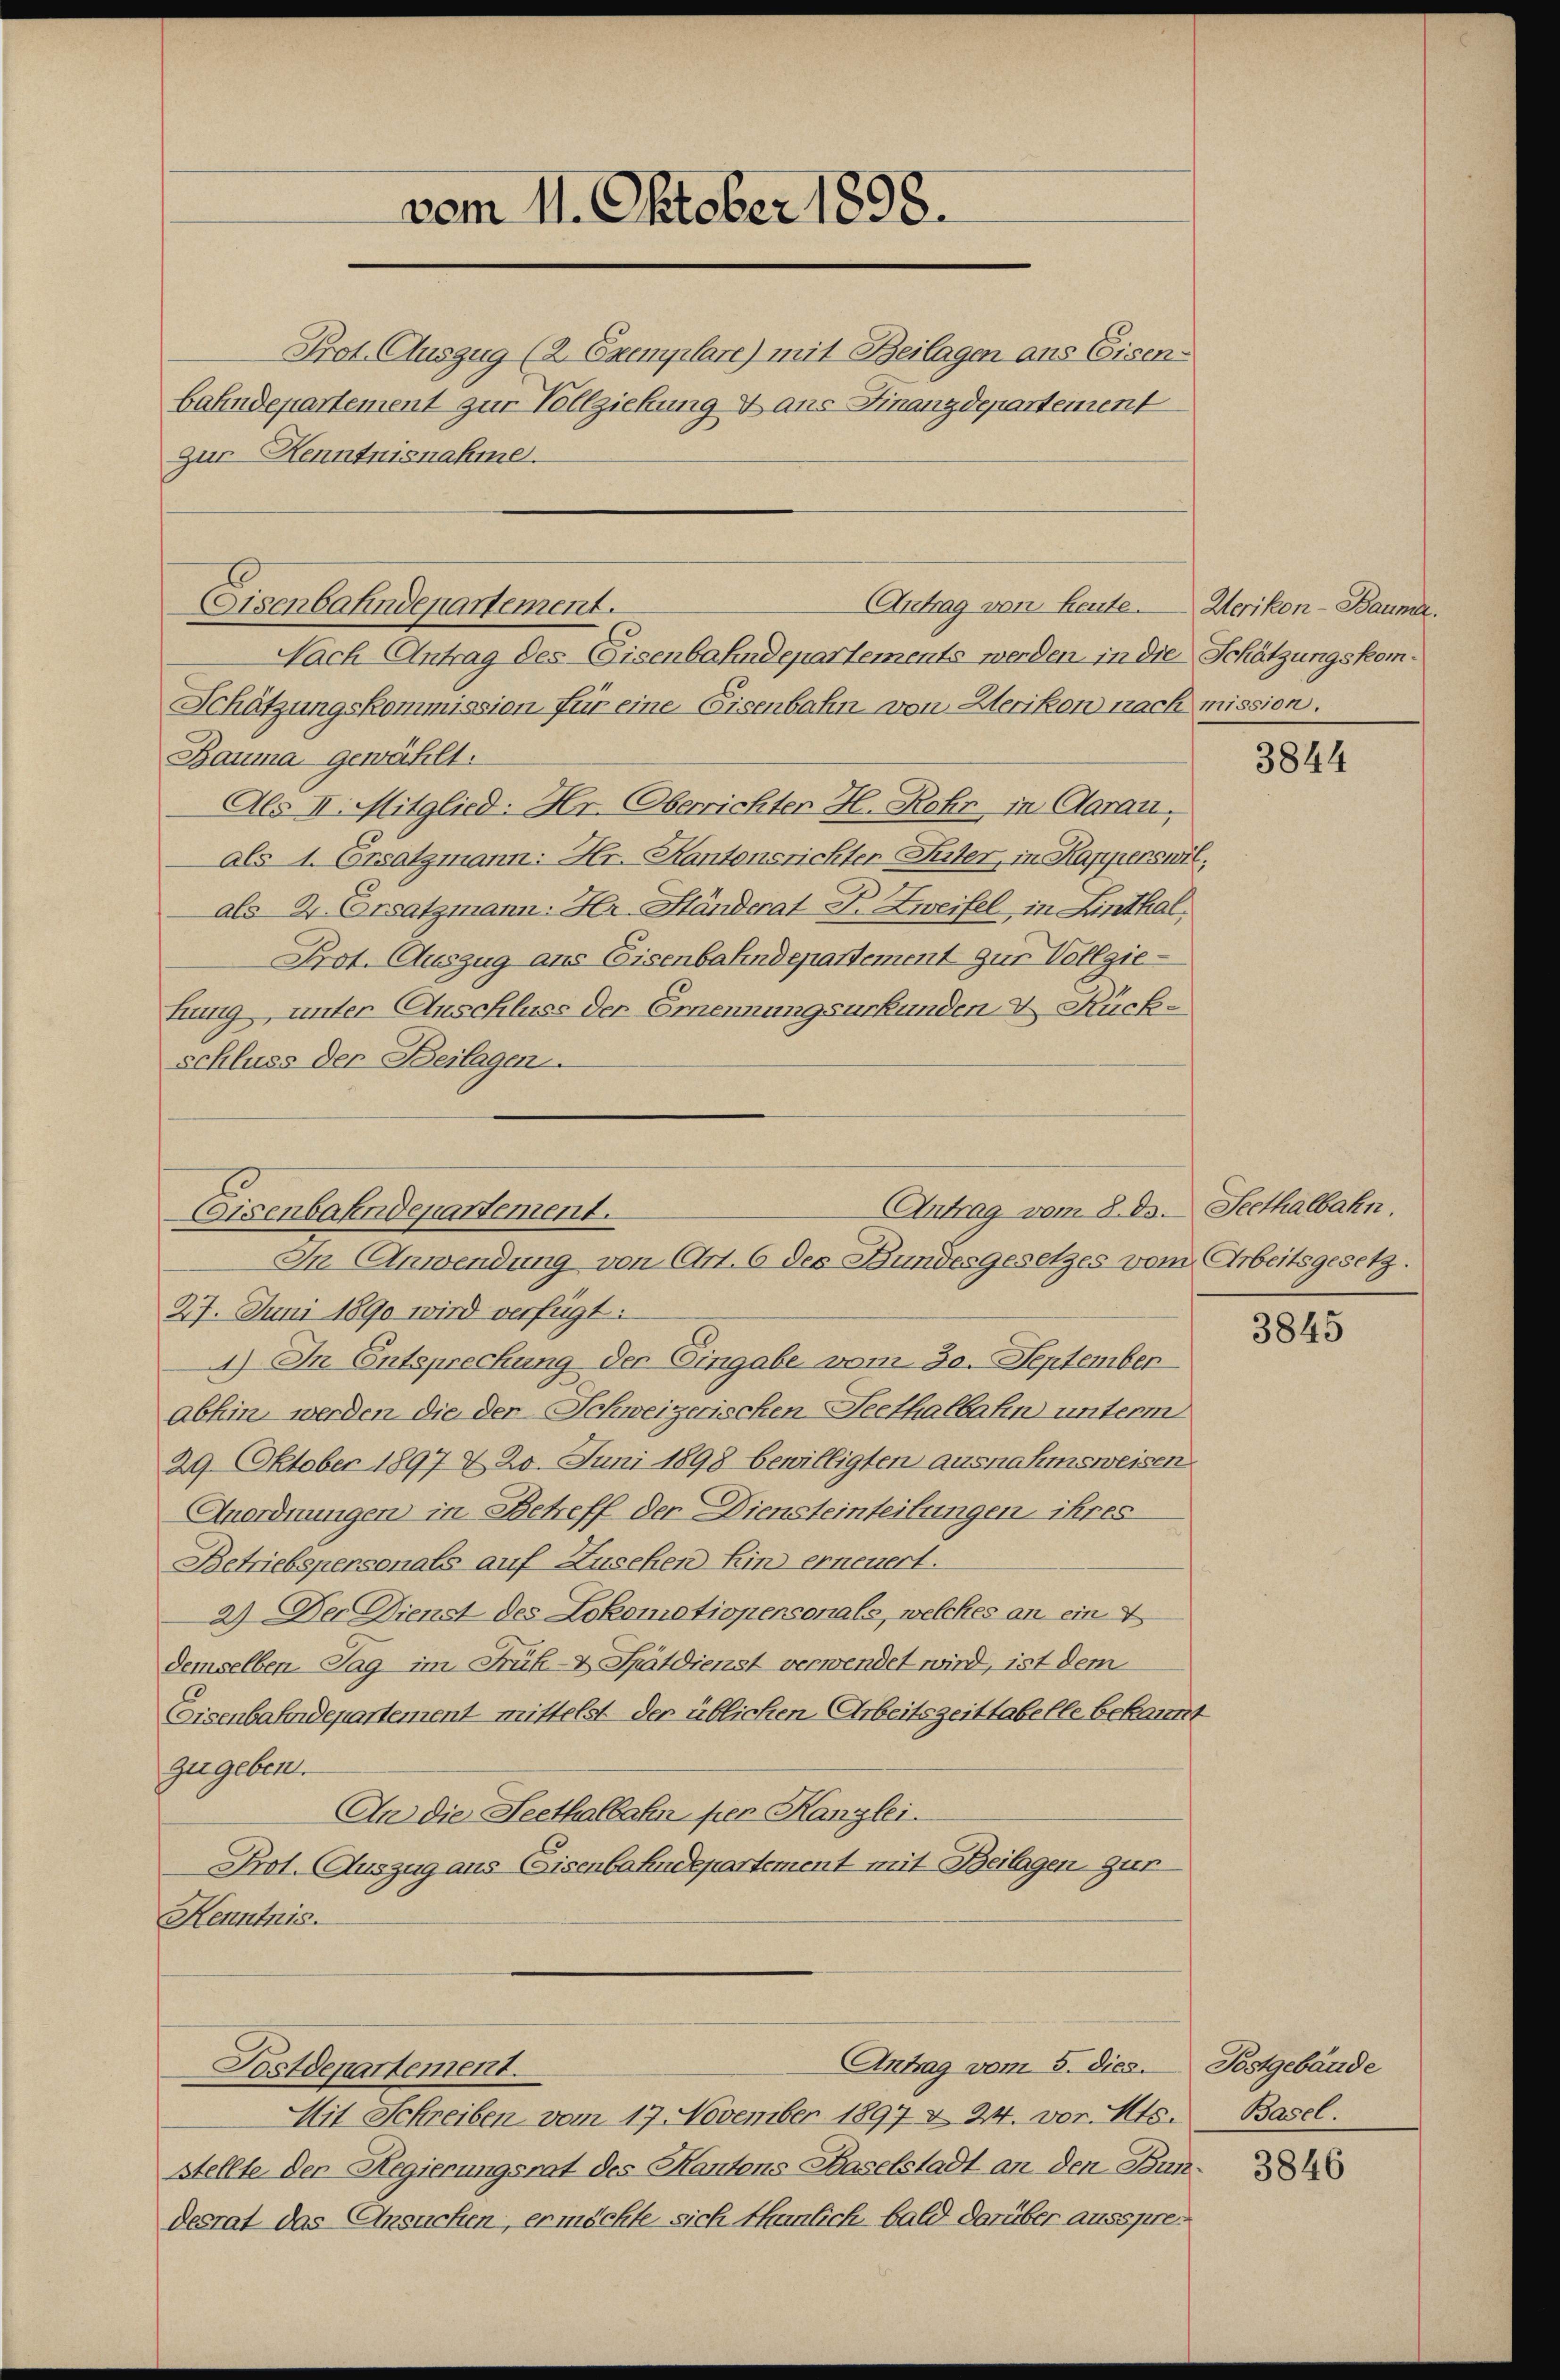
Prot. Auszug (2 Exemplare) mit Beilagen aus Eisenbahndepartement zur Vollziehung & ans Finanzdepartement
zur Kenntnisnahme.

Eisenbahndepartement.

Nach Antrag des Eisenbahndepartements werden in die Schätzungskom¬
Schätzungskommission für eine Eisenbahn von Herikon nach mission.
Bauma gewählt.
Als II. Mitglied: Hr. Oberrichter H. Rohr in Aarau,
als 1. Ersatzmann: Hr. Kantonsrichter Inter, in Kapperswil;
als 2. Ersatzmann: Hr. Ständerat Dr. Zweifel, in Linthal,
Prot. Auszug aus Eisenbahndepartement zur Vollgiekung unter Auschluss der Ernennungsurkunden & Rückschluss der Beilagen.

Eisenbahndepartement.
In Anwendung von Art. 6 des Bundesgesetzes vom Arbeitsgesetz.

27. Juni 1890 wird verfügt:
1) In Entsprechung der Eingabe vom 30. September
abhin werden die der Schweizerischen-Seethalbahn unterm
29. Oktober 1897 & 20. Juni 1898 bewilligten ausnahmsweisen
Anordnungen in Betreff der Diensteinteilungen ihres
Betriebspersonals auf Zusehen Ein erneuert.
2) Der Dienst des Lokomotionensonals, welches an ein 4
demselben Tag im Früh- & Spätdienst verwendet wird, ist dem
Eisenbahndepartement mittelst der üblichen Arbeitszeittabelle bekannt
zugeben.
An die Seethalbahn per Kanzlei.
Prot. Auszug aus Eisenbahndepartement mit Beilagen gur¬
Kenntnis.
Antrag vom 5. dies
Postdepartement.
Mit Schreiben vom 17. November 1897 & 24. vor. Mts. Basel.
stellte. Der Regierungsrat des Kantons Haselstadt an den Bundesrat das Ansuchen, er möchte sich thunlich bald darüber ausspre¬

vom 11. Oktober 1898.

Antrag von Heute. Werikon - Bauma,

Antrag vom 8. ds. Seethalbahn

3844

3845

Postgebäude
3846